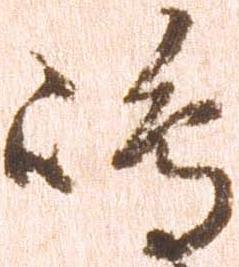
嶋